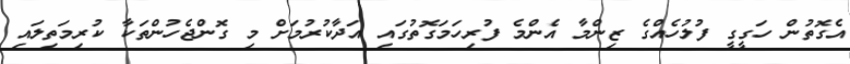
އެގޮތުން ހަގީގީ ފުލުހެއްގެ ޒިންމާ އެންމެ ފުރިހަމަގޮތުގައި އަދާކުރުމަށް މި ގޮންޖެހުންތަކާ ކުރިމަތިލައި